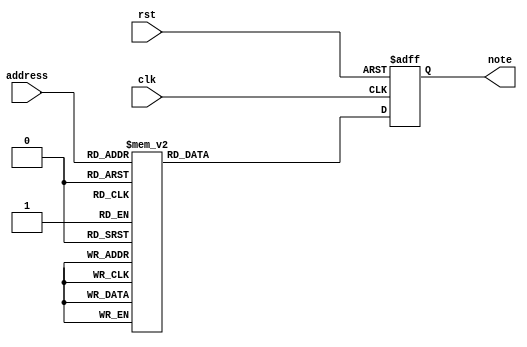
`timescale 1ns / 1ps
//////////////////////////////////////////////////////////////////////////////////
// Company: 
// Engineer: 
// 
// Design Name: 
// Module Name: music_rom
// Project Name: 
// Target Devices: 
// Tool Versions: 
// Description: 
// 
// Dependencies: 
// 
// Revision:
// Revision 0.01 - File Created
// Additional Comments:
// 
//////////////////////////////////////////////////////////////////////////////////

/* Music Notes: There are 12 different music notes. Each music note can be played at a certain freqeuncy and 
       have different octaves which change it to a higher or lower pitch
        
        Notes in Fur Elise(these are example octaves)
        
        E2 D#2 E2 D#2 E2   B1 D2 C2 A1   C1 E1 A1 B1   E1 A1 B1 C2
        E2 D#2 E2 D#2 E2   B1 D2 C2 A1   C1 E1 A1 B1   E1 C2 B1 A1
        B1 C2 D2 E2        E2 F2 E2 D2   D2 E2 D2 C2   C2 D2 C2 B1 and repeats 
        
        */
//holds the music notes that we want to play for our song
module music_ROM(
	input clk,
	input rst,
	input [7:0] address, //uses 8 bits of our tone counter to determine location of address
	output reg [31:0] note //value of note is sent to divide by 12 module to determine
	                      //our octave and music note to play
);
//correspond to music notes being used for the song to be played

parameter F4 = 32'd143266/2;
parameter E4 = 32'd151745/2;
parameter Dsharp4 = 32'd160771/2;
parameter D4 = 32'd168350/2;
parameter C4 = 32'd190840/2;
parameter A3 = 32'd227273/2;
parameter B3 = 32'd202429/2;
parameter C3 = 32'd381679/2;
parameter E3 = 32'd303030/2;


always @(posedge clk or posedge rst) //song being played based on notes. There a short pause at the end
     if (rst)
        note <= 32'b0;
     else                //and song starts playing again. 39 seconds to play
case(address)            
	 
	  0: note<= E4; 
	  1: note<= Dsharp4;
	  2: note<= E4;  
	  3: note<= Dsharp4;
	  4: note<= E4; 
	  5: note<= B3;
	  6: note<= D4;
	  7: note<= C4; 
	  8: note<= A3;
	  9: note<= A3;
	 10: note<= A3;
	 11: note<= C3;
	 12: note<= E3;
	 13: note<= A3;
	 14: note<= B3;
	 15: note<= B3;
	 16: note<= B3;
	 17: note<= E3;
	 18: note<= A3;
	 19: note<= B3;
	 20: note<= C4;
	 21: note<= C4;
	 22: note<= C4;
	 23: note<= E4;
	 24: note<= Dsharp4;
	 25: note<= E4;
	 26: note<= Dsharp4;
	 27: note<= E4;
	 28: note<= B3;
	 29: note<= D4;
	 30: note<= C4;
	 31: note<= A3;
	 32: note<= A3;
	 33: note<= A3;
	 34: note<= C3;
	 35: note<= E3;
	 36: note<= A3;
	 37: note<= B3;
	 38: note<= B3;
	 39: note<= B3;
	 40: note<= E3;
	 41: note<= C4;
	 42: note<= B3;
	 43: note<= A3;
	 44: note<= A3;
	 45: note<= A3;
	 46: note<= E4; 
     47: note<= Dsharp4; 
     48: note<= E4;  
     49: note<= Dsharp4;
     50: note<= E4; 
     51: note<= B3;
     52: note<= D4;
     53: note<= C4; 
     54: note<= A3;
     55: note<= A3;
     56: note<= A3;
     57: note<= C3;
     58: note<= E3;
     59: note<= A3;
     60: note<= B3;
     61: note<= B3;
     62: note<= B3;
     63: note<= E3;
     64: note<= A3;
     65: note<= B3;
     66: note<= C4;
     67: note<= C4;
     68: note<= C4;
     69: note<= E4;
     70: note<= Dsharp4;
     71: note<= E4;
     72: note<= Dsharp4;
     73: note<= E4;
     74: note<= B3;
     75: note<= D4;
     76: note<= C4;
     77: note<= A3;
     78: note<= A3;
     79: note<= A3;
     80: note<= C3;
     81: note<= E3;
     82: note<= A3;
     83: note<= B3;
     84: note<= B3;
     85: note<= B3;
     86: note<= E3;
     87: note<= C4;
     88: note<= B3;
     89: note<= A3;
     90: note<= A3;
     91: note<= A3;
	 92: note<= B3;
	 93: note<= C4;
	 94: note<= D4;
	 95: note<= E4;
	 96: note<= E4;
	 97: note<= E4;
	 98: note<= E4;
	 99: note<= F4;
	 100: note<= E4;
	 101: note<= D4;
	 102: note<= D4;
	103: note<= D4;
	104: note<= D4;
	105: note<= E4;
	106: note<= D4;
	107: note<= C4;
	108: note<= C4;
	109: note<= C4;
	110: note<= C4;
	111: note<= D4;
	112: note<= C4;
	113: note<= B3;
	114: note<= B3;
	115: note<= B3;
	116: note<= E4;
    117: note<= Dsharp4; 
    118: note<= E4;  
    119: note<= Dsharp4;
    120: note<= E4; 
    121: note<= B3;
    122: note<= D4;
    123: note<= C4; 
    124: note<= A3;
    125: note<= A3;
    126: note<= A3;
    127: note<= C3;
    128: note<= E3;
    129: note<= A3;
    130: note<= B3;
    131: note<= B3;
    132: note<= B3;
    133: note<= E3;
    134: note<= A3;
    135: note<= B3;
    136: note<= C4;
    137: note<= C4;
    138: note<= C4;
    139: note<= E4;
    140: note<= Dsharp4;
    141: note<= E4;
    142: note<= Dsharp4;
    143: note<= E4;
    144: note<= B3;
    145: note<= D4;
    146: note<= C4;
    147: note<= A3;
    148: note<= A3;
    149: note<= A3;
    150: note<= C3;
    151: note<= E3;
    152: note<= A3;
    153: note<= B3;
    154: note<= B3;
    155: note<= B3;
    156: note<= E3;
    157: note<= C4;
    158: note<= B3;
    159: note<= A3;
    160: note<= A3;
    161: note<= A3;
    162: note<= E4; 
    163: note<= Dsharp4; 
    164: note<= E4;  
    165: note<= Dsharp4;
    166: note<= E4; 
    167: note<= B3;
    168: note<= D4;
    169: note<= C4; 
    170: note<= A3;
    171: note<= A3;
    172: note<= A3;
    173: note<= C3;
    174: note<= E3;
    175: note<= A3;
    176: note<= B3;
    177: note<= B3;
    178: note<= B3;
    179: note<= E3;
    180: note<= A3;
    181: note<= B3;
    182: note<= C4;
    183: note<= C4;
    184: note<= C4;
    185: note<= E4;
    186: note<= Dsharp4;
    187: note<= E4;
    188: note<= Dsharp4;
    189: note<= E4;
    190: note<= B3;
    191: note<= D4;
    192: note<= C4;
    193: note<= A3;
    194: note<= A3;
    195: note<= A3;
    196: note<= C3;
    197: note<= E3;
    198: note<= A3;
    199: note<= B3;
    200: note<= B3;
    201: note<= B3;
    202: note<= E3;
    203: note<= C4;
    204: note<= B3;
    205: note<= A3;
    206: note<= A3;
    207: note<= A3;
    208: note<= B3;
    209: note<= C4;
    210: note<= D4;
    211: note<= E4;
    212: note<= E4;
    213: note<= E4;
    214: note<= E4;
    215: note<= F4;
    216: note<= E4;
    217: note<= D4;
    218: note<= D4;
    219: note<= D4;
    220: note<= D4;
    221: note<= E4;
    222: note<= D4;
    223: note<= C4;
    224: note<= C4;
    225: note<= C4;
    226: note<= C4;
    227: note<= D4;
    228: note<= C4;
    229: note<= B3;
    230: note<= B3;
    231: note<= B3;
	default: note <= 32'd0;
endcase



endmodule